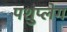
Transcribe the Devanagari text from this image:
पशुप्लेग